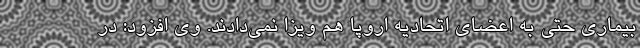
بیماری حتی به اعضای اتحادیه اروپا هم ویزا نمی‌دادند. وی افزود: در